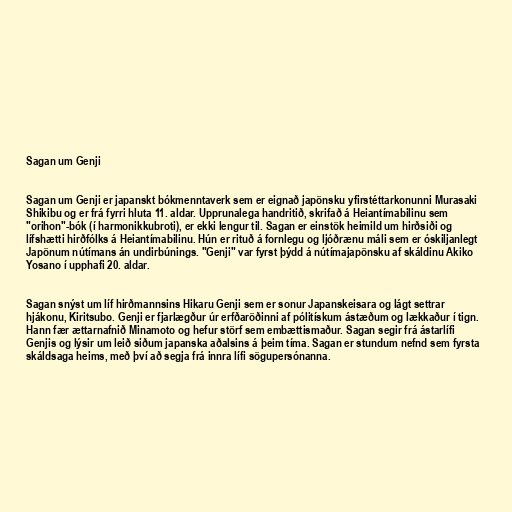
Sagan um Genji

Sagan um Genji er japanskt bókmenntaverk sem er eignað japönsku yfirstéttarkonunni Murasaki
Shikibu og er frá fyrri hluta 11. aldar. Upprunalega handritið, skrifað á Heiantímabilinu sem
"orihon"-bók (í harmonikkubroti), er ekki lengur til. Sagan er einstök heimild um hirðsiði og
lífshætti hirðfólks á Heiantímabilinu. Hún er rituð á fornlegu og ljóðrænu máli sem er óskiljanlegt
Japönum nútímans án undirbúnings. "Genji" var fyrst þýdd á nútímajapönsku af skáldinu Akiko
Yosano í upphafi 20. aldar.

Sagan snýst um líf hirðmannsins Hikaru Genji sem er sonur Japanskeisara og lágt settrar
hjákonu, Kiritsubo. Genji er fjarlægður úr erfðaröðinni af pólitískum ástæðum og lækkaður í tign.
Hann fær ættarnafnið Minamoto og hefur störf sem embættismaður. Sagan segir frá ástarlífi
Genjis og lýsir um leið siðum japanska aðalsins á þeim tíma. Sagan er stundum nefnd sem fyrsta
skáldsaga heims, með því að segja frá innra lífi sögupersónanna.